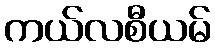
ကယ်လစီယမ်